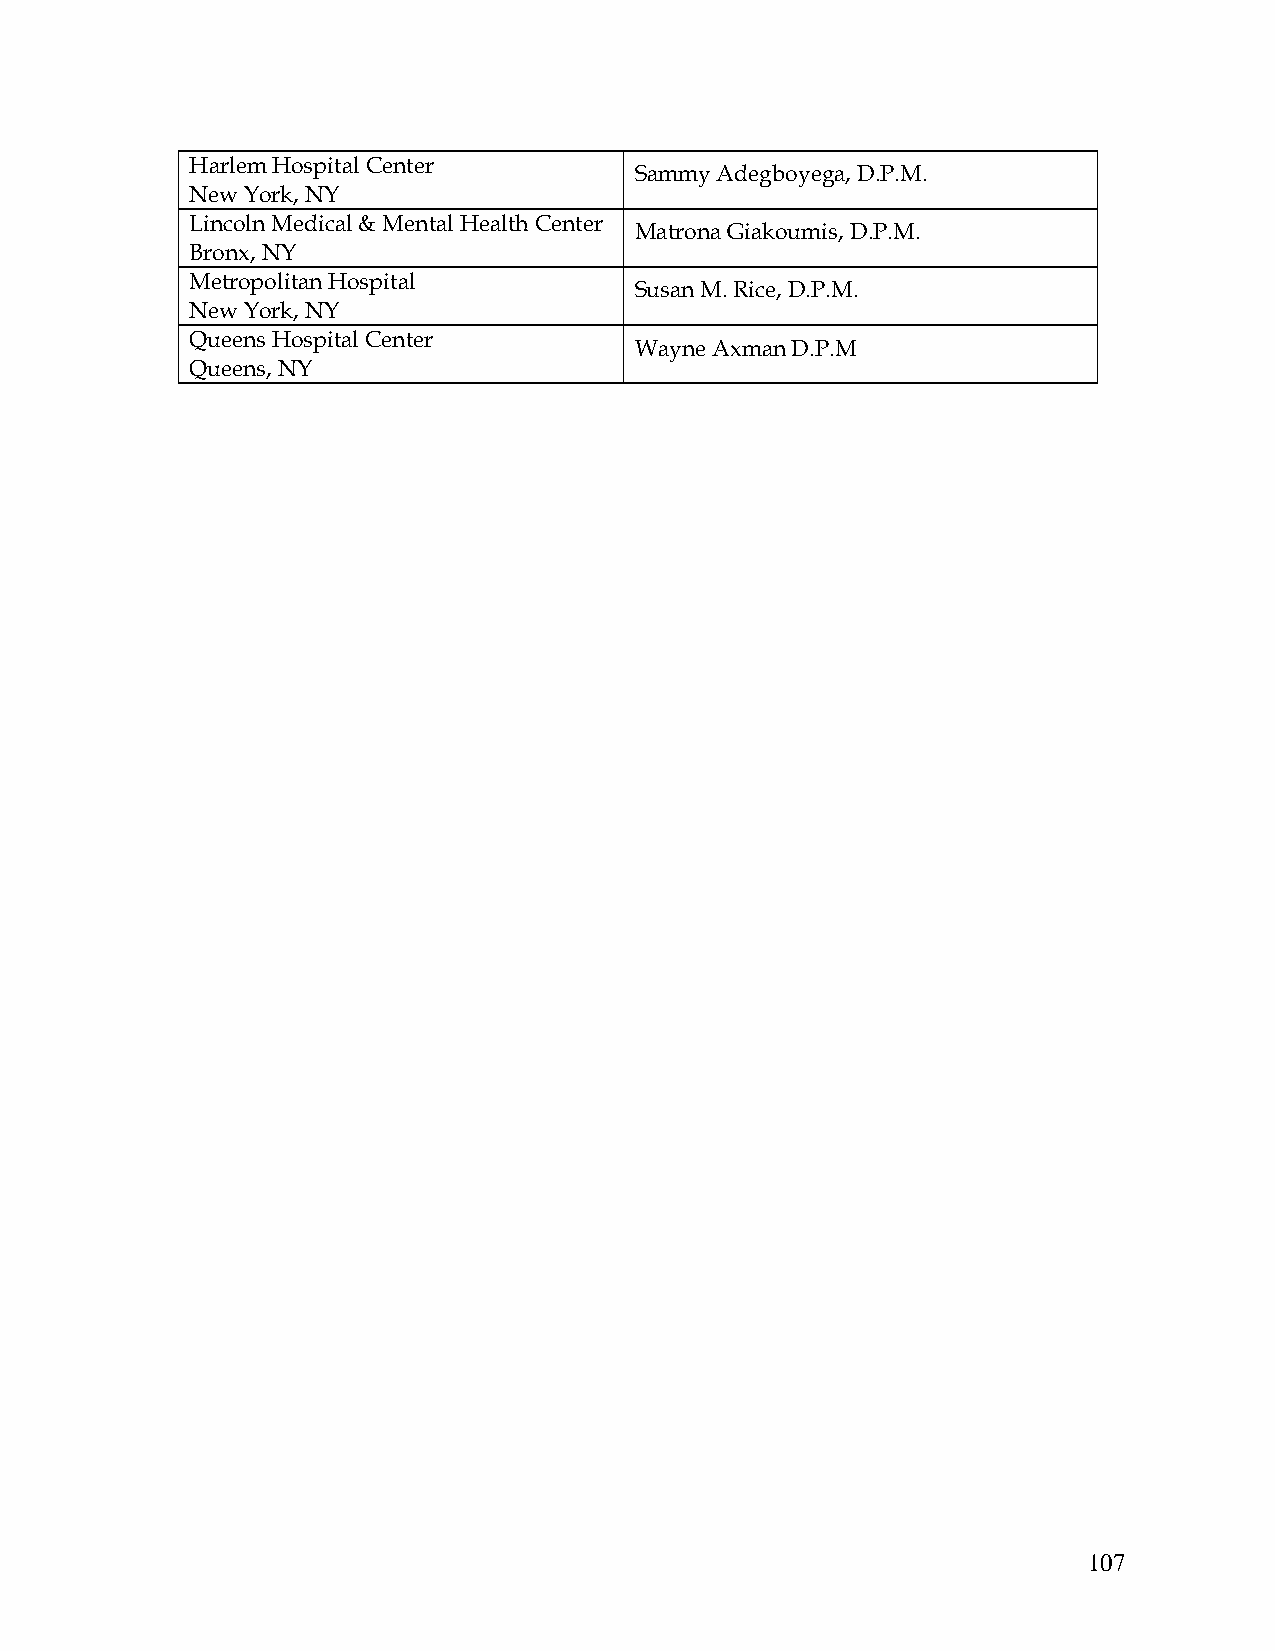
Harlem Hospital Center
 Sammy Adegboyega, D.P.M.
 New York, NY
 Lincoln Medical & Mental Health Center
 Matrona Giakoumis, D.P.M.
 Bronx, NY
 Metropolitan Hospital
 Susan M. Rice, D.P.M.
 New York, NY
 Queens Hospital Center
 Wayne Axman D.P.M
 Queens, NY
 107